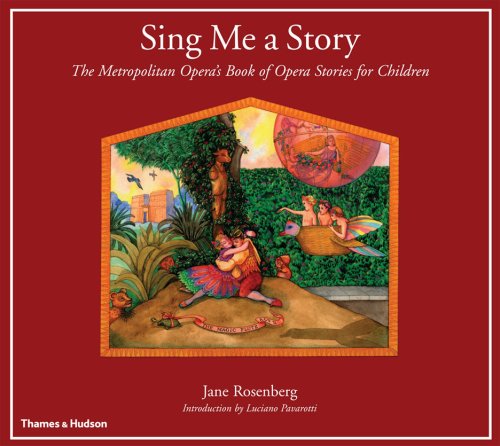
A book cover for Sing Me a Story: The Metropolitan Opera's Book of Opera Stories for Children; Jane Rosenberg; Teen & Young Adult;